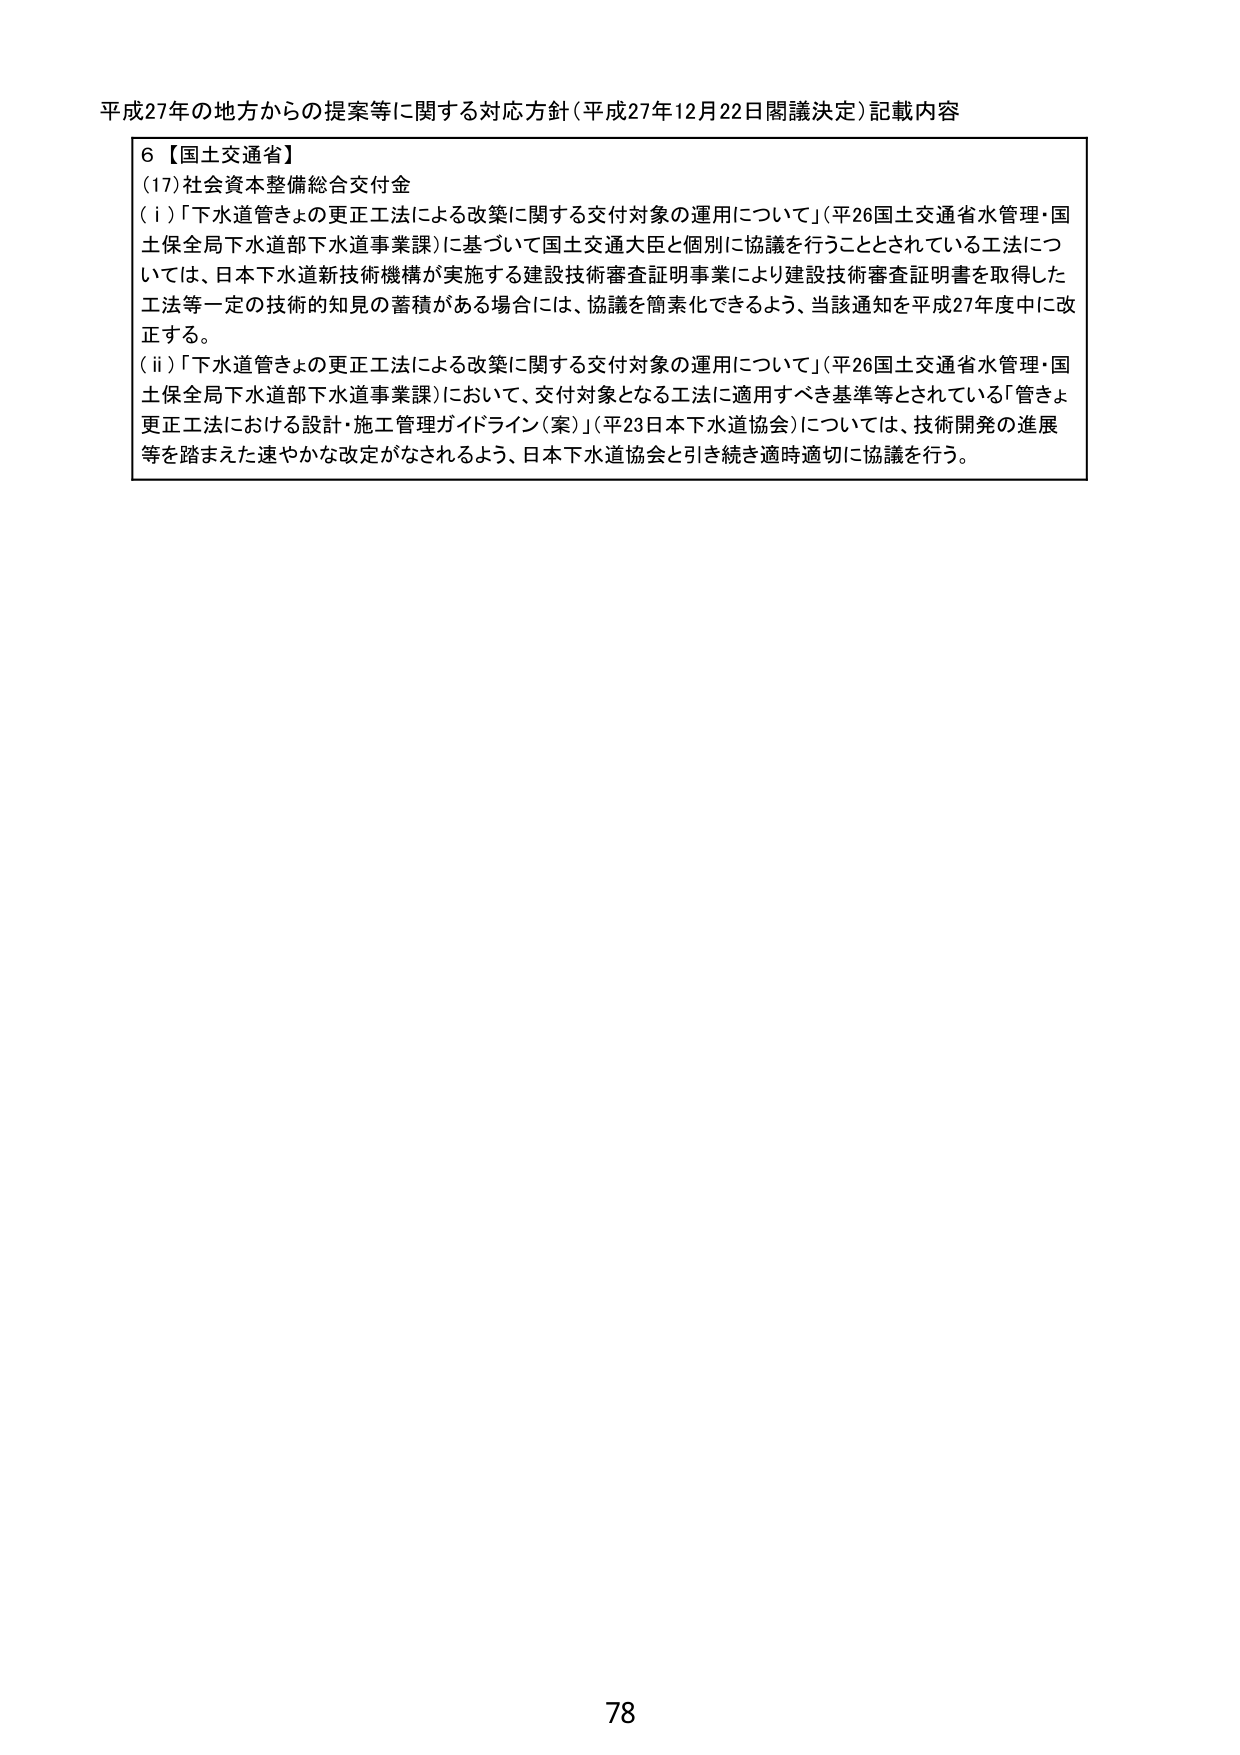
平成27年の地方からの提案等に関する対応方針（平成27年12月22日閣議決定）記載内容

6【国土交通省】
(17)社会資本整備総合交付金
(i)「下水道管きょの更正工法による改築に関する交付対象の運用について」（平26国土交通省水管理・国土保全局下水道部下水道事業課）に基づいて国土交通大臣と個別に協議を行うこととされている工法については、日本下水道新技術機構が実施する建設技術審査証明事業により建設技術審査証明書を取得した工法等一定の技術的知見の蓄積がある場合には、協議を簡素化できるよう、当該通知を平成27年度中に改正する。
(ii)「下水道管きょの更正工法による改築に関する交付対象の運用について」（平26国土交通省水管理・国土保全局下水道部下水道事業課）において、交付対象となる工法に適用すべき基準等とされている「管きょ更正工法における設計・施工管理ガイドライン（案）」（平23日本下水道協会）については、技術開発の進展等を踏まえた速やかな改定がなされるよう、日本下水道協会と引き続き適時適切に協議を行う。

78